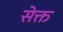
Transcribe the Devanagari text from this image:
सेक्त